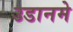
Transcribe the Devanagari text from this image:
उडानमे